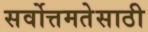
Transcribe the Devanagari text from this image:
सर्वोत्तमतेसाठी